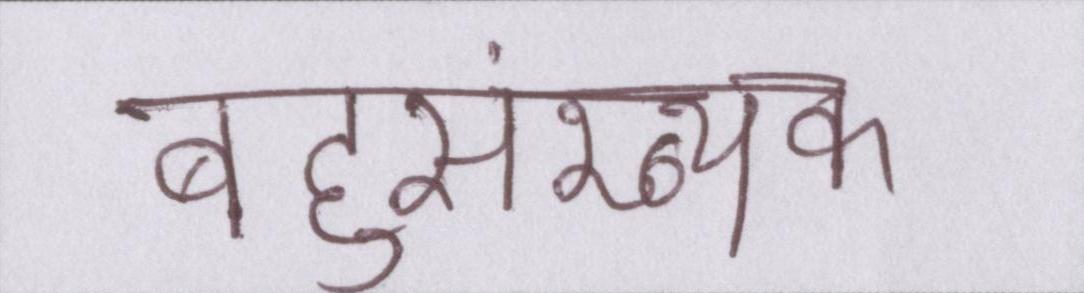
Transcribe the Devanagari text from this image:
बहुसंख्यक